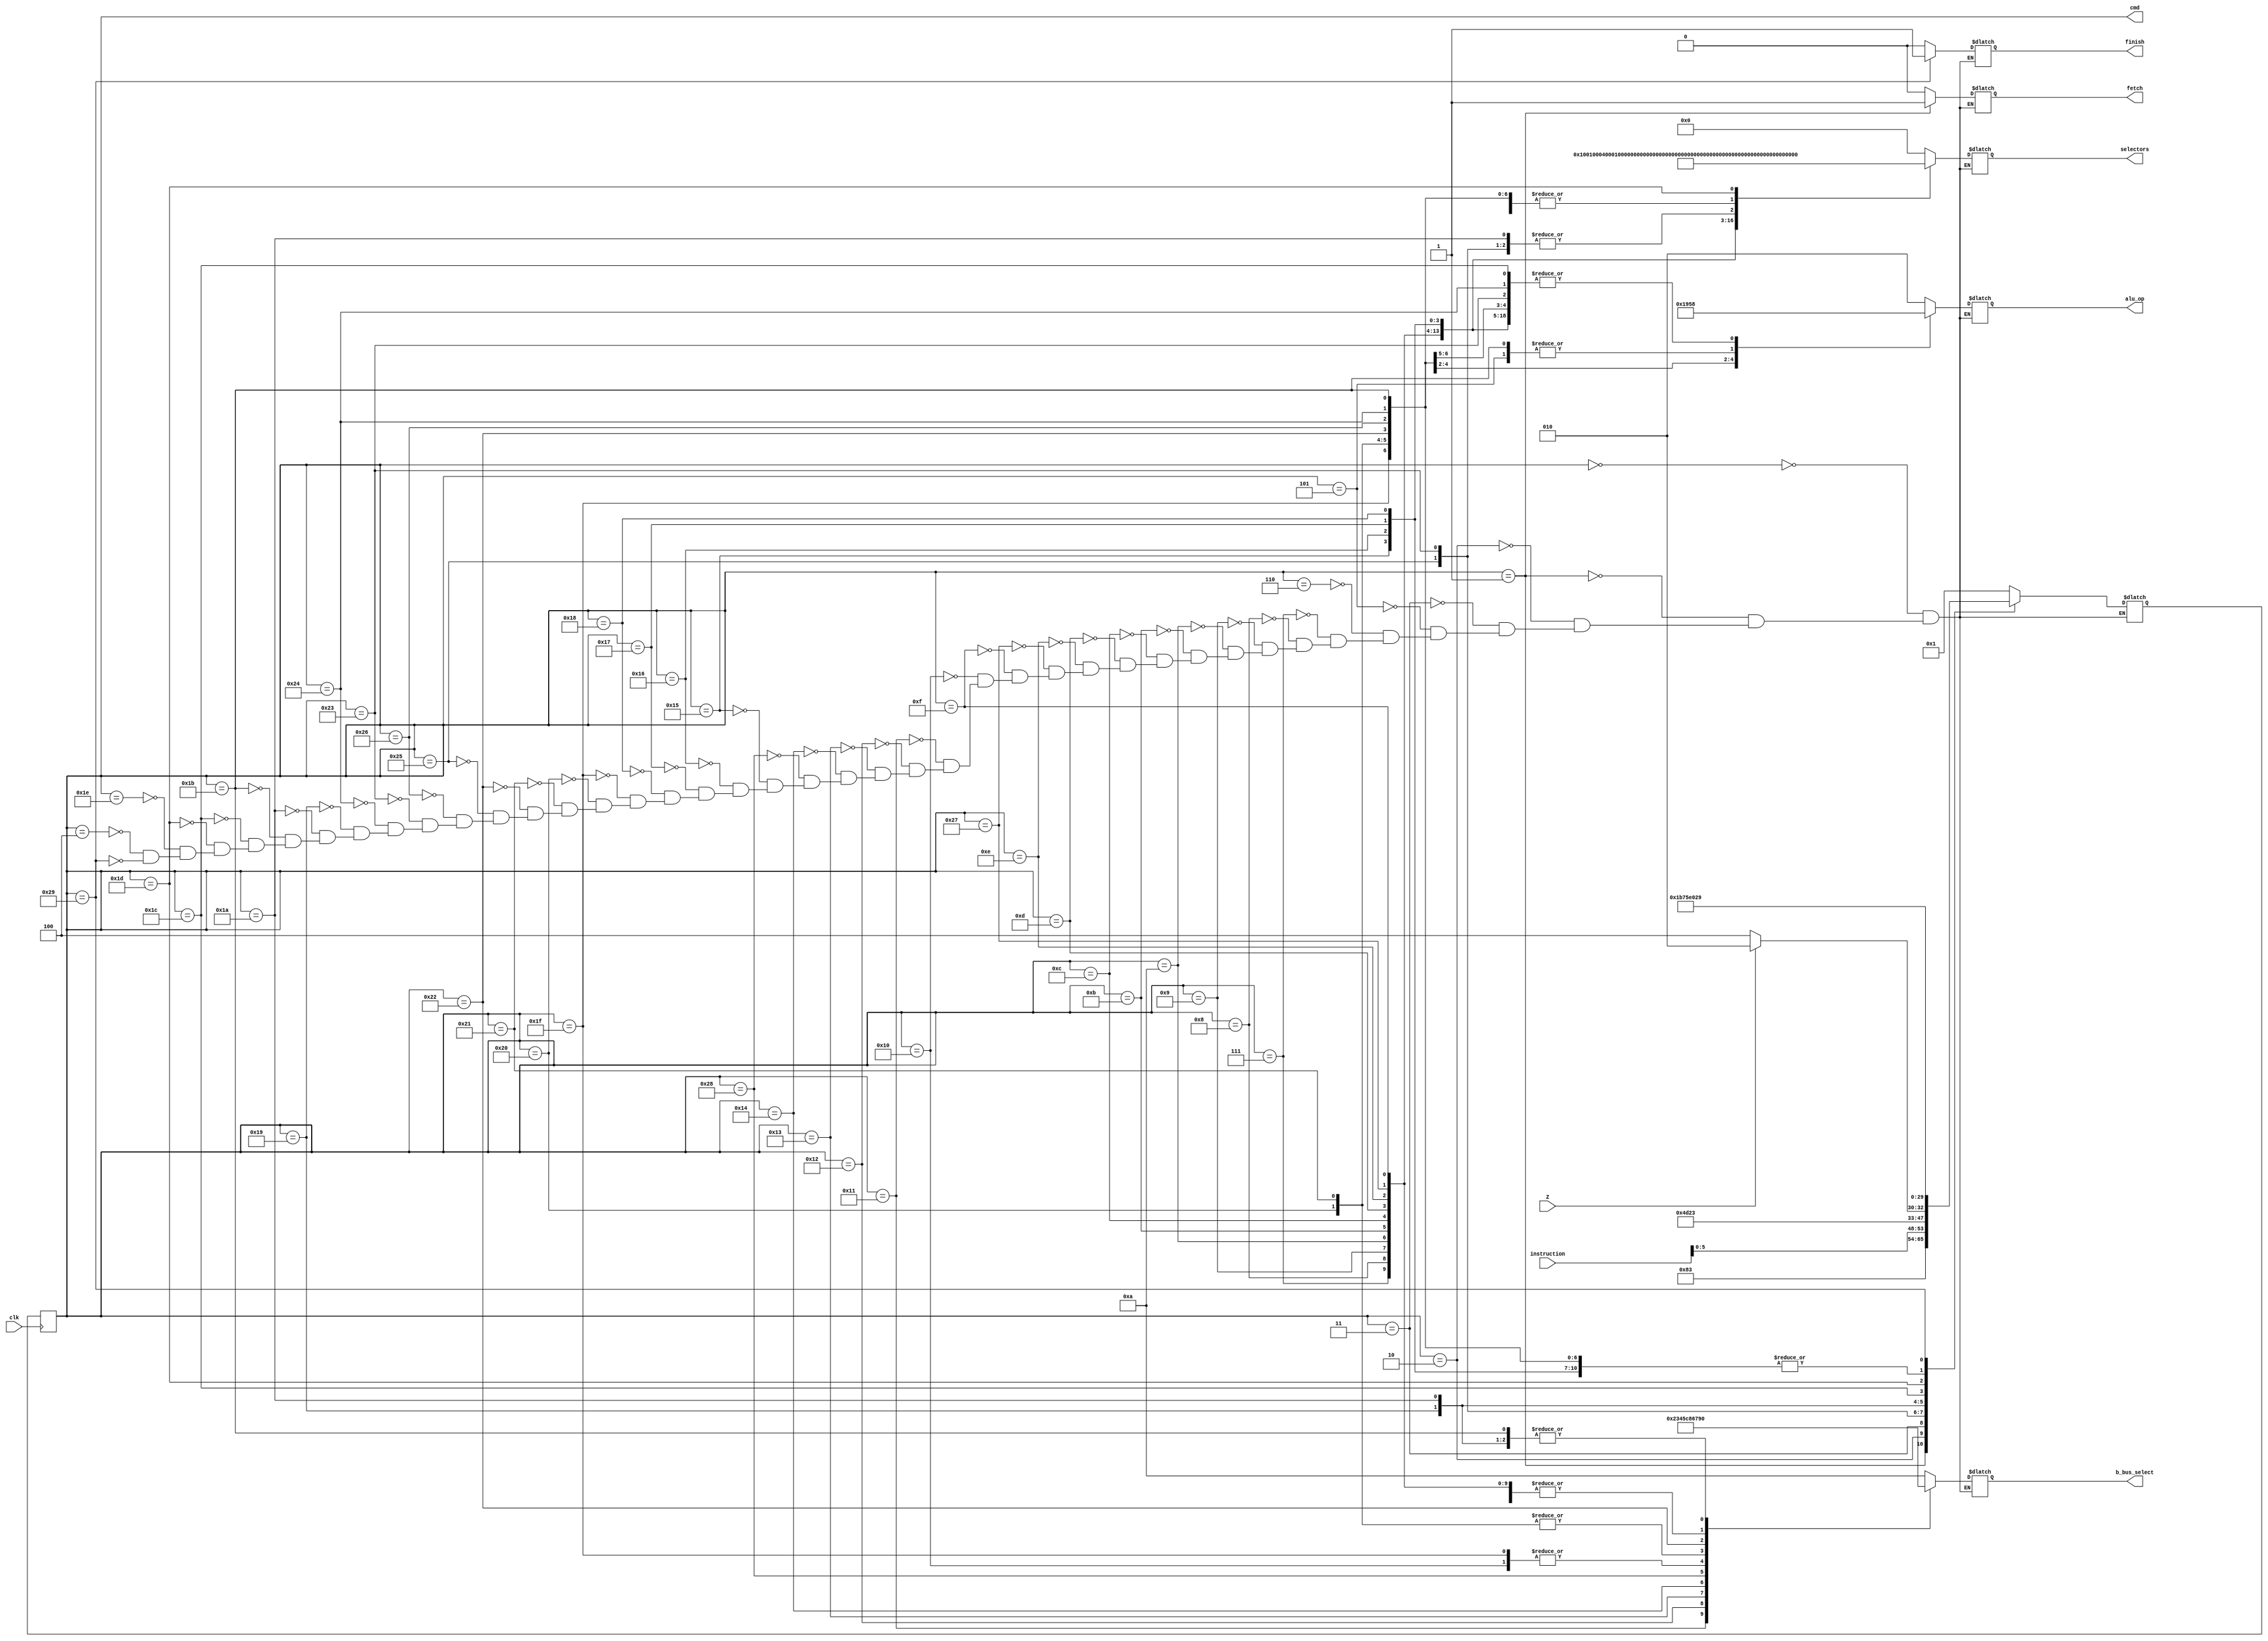
module control_unit(
	input clk, Z,
	input [7:0] instruction,
	output reg fetch, finish = 0,
	output [5:0] cmd,
	output reg [3:0] b_bus_select,
	output reg [2:0] alu_op,
	output reg [16:0] selectors
);

localparam
FETCH1 = 6'd0, FETCH2 = 6'd1, FETCH3 = 6'd2, FETCH4 = 6'd3,
CLAC = 6'd5, LDAC = 6'd6, STAC = 6'd7,
MVACR = 6'd8, MVACR1 = 6'd9, MVACR2 = 6'd10, MVACR3 = 6'd11,
MVACAS = 6'd12, MVACMR = 6'd13, MVACTR = 6'd14, MVACAR = 6'd15,
MVR = 6'd16, MVR1 = 6'd17, MVR2 = 6'd18, MVR3 = 6'd19, MVAS = 6'd20,
INCR1 = 6'd21, INCR2 = 6'd22, INCR3 = 6'd23, INCAS = 6'd24,
JPNZ = 6'd25,
JPNZY = 6'd26, JPNZY1 = 6'd27,
JPNZN = 6'd28, JPNZN1 = 6'd29, JPNZN2 = 6'd30,
ADDR = 6'd31, ADD = 6'd32, SUB = 6'd33, MUL = 6'd34,
ADDM = 6'd35, ADDM1 = 6'd36,MULM = 6'd37,MULM1 = 6'd38,
MVACTM = 6'd39, MVTM = 6'd40,
NOP = 6'd4, END = 6'd41;
localparam
DATA_FROM_RAM = 4'd0, PC = 4'd1, R1 = 4'd2, R2 = 4'd3, R3 = 4'd4,
AS = 4'd5, TR = 4'd6, MR = 4'd7, R = 4'd8, AC = 4'd9, 
INSTRUCTIONS = 4'd10, AR = 4'd11, TM = 4'd12;
localparam
ADDAB = 3'd0, SUBAB = 3'd1, PASS = 3'd2, ZER = 3'd3, MULAB = 3'd4, MULMA = 3'd5;

reg [5:0] CONTROL_COMMAND;
reg [5:0] NEXT_COMMAND = FETCH1;
always @ (negedge clk) CONTROL_COMMAND <= NEXT_COMMAND;


//CONTROL_COMMAND or Z or instruction
always @ (CONTROL_COMMAND or Z or instruction)
	case(CONTROL_COMMAND)
		FETCH1: // Checked
			begin
				fetch <= 0;
				finish <= 0;
				b_bus_select <=INSTRUCTIONS;
				alu_op <= PASS;
				selectors <= 17'b0_0000_0000_0000_0000;
				NEXT_COMMAND <= FETCH2;
			end
		FETCH2: // Checked
			begin
				fetch <= 1;
				finish <= 0;
				b_bus_select <= INSTRUCTIONS;
				alu_op <= PASS;
				selectors <= 17'b0_0000_0000_0000_0000;
				NEXT_COMMAND <= FETCH3;
			end
		FETCH3: // Checked
			begin
				fetch <= 0;
				finish <= 0;
				b_bus_select <= DATA_FROM_RAM;
				alu_op <= PASS;
				selectors <= 17'b0_1000_0000_0000_0000;
				NEXT_COMMAND <= FETCH4;
			end
		FETCH4: // Checked
			begin
				fetch <= 0;
				finish <= 0;
				b_bus_select <= DATA_FROM_RAM;
				alu_op <= PASS;
				selectors <= 17'b0_0000_0000_0000_0000;
				NEXT_COMMAND <= instruction[5:0];
			end
		CLAC: // Checked
			begin
				fetch <= 0;
				finish <= 0;
				b_bus_select <= DATA_FROM_RAM;
				alu_op <= ZER;
				selectors <= 17'b0_0000_0000_0000_0010;
				NEXT_COMMAND <= FETCH1;
			end
		LDAC: // Checked
			begin
				fetch <= 0;
				finish <= 0;
				b_bus_select <= DATA_FROM_RAM;
				alu_op <= PASS;
				selectors <= 17'b0_0000_0000_0000_0010;
				NEXT_COMMAND <= FETCH1;
			end
		STAC: // Checked
			begin
				fetch <= 0;
				finish <= 0;
				b_bus_select <= AC;
				alu_op <= ADDAB;
				selectors <= 17'b0_0000_0000_0000_0001;
				NEXT_COMMAND <= FETCH1;
			end
		MVACR: // Checked
			begin
				fetch <= 0;
				finish <= 0;
				b_bus_select <=AC;
				alu_op <= ADDAB;
				selectors <= 17'b0_0000_0000_0010_0000;
				NEXT_COMMAND <= FETCH1;
			end
		MVACR1: // Checked
			begin
				fetch <= 0;
				finish <= 0;
				b_bus_select <= AC;
				alu_op <= ADDAB;
				selectors <= 17'b0_0000_0001_0000_0000;
				NEXT_COMMAND <= FETCH1;
			end
		MVACR2: // Checked
			begin
				fetch <= 0;
				finish <= 0;
				b_bus_select <= AC;
				alu_op <= ADDAB;
				selectors <= 17'b0_0000_0000_1000_0000;
				NEXT_COMMAND <= FETCH1;
			end
		MVACR3: // Checked
			begin
				fetch <= 0;
				finish <= 0;
				b_bus_select <= AC;
				alu_op <= ADDAB;
				selectors <= 17'b0_0000_0000_0100_0000;
				NEXT_COMMAND <= FETCH1;
			end
		MVACAS: // Checked
			begin
				fetch <= 0;
				finish <= 0;
				b_bus_select <= AC;
				alu_op <= ADDAB;
				selectors <= 17'b0_0000_0000_0001_0000;
				NEXT_COMMAND <= FETCH1;
			end
		MVACMR: // Checked
			begin
				fetch <= 0;
				finish <= 0;
				b_bus_select <= AC;
				alu_op <= ADDAB;
				selectors <= 17'b0_0000_0000_0000_1000;
				NEXT_COMMAND <= FETCH1;
			end	
		MVACTR: // Checked
			begin
				fetch <= 0;
				finish <= 0;
				b_bus_select <= AC;
				alu_op <= ADDAB;
				selectors <= 17'b0_0000_0000_0000_0100;
				NEXT_COMMAND <= FETCH1;
			end
		MVACTM: // Checked
			begin
				fetch <= 0;
				finish <= 0;
				b_bus_select <= AC;
				alu_op <= ADDAB;
				selectors <= 17'b1_0000_0000_0000_0000;
				NEXT_COMMAND <= FETCH1;
			end
		MVACAR: // Checked
			begin
				fetch <= 0;
				finish <= 0;
				b_bus_select <= AC;
				alu_op <= ADDAB;
				selectors <= 17'b0_0000_0100_0000_0000;
				NEXT_COMMAND <= FETCH1;
			end
		MVR: // Checked
			begin
				fetch <= 0;
				finish <= 0;
				b_bus_select <= R;
				alu_op <= PASS;
				selectors <= 17'b0_0000_0000_0000_0010;
				NEXT_COMMAND <= FETCH1;
			end
		MVR1: // Checked
			begin
				fetch <= 0;
				finish <= 0;
				b_bus_select <= R1;
				alu_op <= PASS;
				selectors <= 17'b0_0000_0000_0000_0010;
				NEXT_COMMAND <= FETCH1;
			end
		MVR2: // Checked
			begin
				fetch <= 0;
				finish <= 0;
				b_bus_select <= R2;
				alu_op <= PASS;
				selectors <= 17'b0_0000_0000_0000_0010;
				NEXT_COMMAND <= FETCH1;
			end
		MVR3: // Checked
			begin
				fetch <= 0;
				finish <= 0;
				b_bus_select <= R3;
				alu_op <= PASS;
				selectors <= 17'b0_0000_0000_0000_0010;
				NEXT_COMMAND <= FETCH1;
			end
		MVAS: // Checked
			begin
				fetch <= 0;
				finish <= 0;
				b_bus_select <= AS;
				alu_op <= PASS;
				selectors <= 17'b0_0000_0000_0000_0010;
				NEXT_COMMAND <= FETCH1;
			end
		MVTM: // Checked
			begin
				fetch <= 0;
				finish <= 0;
				b_bus_select <= TM;
				alu_op <= PASS;
				selectors <= 17'b0_0000_0000_0000_0010;
				NEXT_COMMAND <= FETCH1;
			end
		INCR1: // Checked
			begin
				fetch <= 0;
				finish <= 0;
				b_bus_select <= DATA_FROM_RAM;
				alu_op <= ADDAB;
				selectors <= 17'b0_0100_0000_0000_0000;
				NEXT_COMMAND <= FETCH1;
			end
		INCR2: // Checked
			begin
				fetch <= 0;
				finish <= 0;
				b_bus_select <= DATA_FROM_RAM;
				alu_op <= ADDAB;
				selectors <= 17'b0_0010_0000_0000_0000;
				NEXT_COMMAND <= FETCH1;
			end
		INCR3: // Checked
			begin
				fetch <= 0;
				finish <= 0;
				b_bus_select <= DATA_FROM_RAM;
				alu_op <= ADDAB;
				selectors <= 17'b0_0001_0000_0000_0000;
				NEXT_COMMAND <= FETCH1;
			end
		INCAS: // Checked
			begin
				fetch <= 0;
				finish <= 0;
				b_bus_select <= DATA_FROM_RAM;
				alu_op <= ADDAB;
				selectors <= 17'b0_0000_1000_0000_0000;
				NEXT_COMMAND <= FETCH1;
			end
		ADDR: // Checked
			begin
				fetch <= 0;
				finish <= 0;
				b_bus_select <= R;
				alu_op <= ADDAB;
				selectors <= 17'b0_0000_0000_0000_0010;
				NEXT_COMMAND <= FETCH1;
			end
		ADD: // Checked
			begin
				fetch <= 0;
				finish <= 0;
				b_bus_select <= TR;
				alu_op <= ADDAB;
				selectors <= 17'b0_0000_0000_0000_0010;
				NEXT_COMMAND <= FETCH1;
			end
		SUB: // Checked
			begin
				fetch <= 0;
				finish <= 0;
				b_bus_select <= TR;
				alu_op <= SUBAB;
				selectors <= 17'b0_0000_0000_0000_0010;
				NEXT_COMMAND <= FETCH1;
			end
		MUL: // Checked
			begin
				fetch <= 0;
				finish <= 0;
				b_bus_select <= MR;
				alu_op <= MULAB;
				selectors <= 17'b0_0000_0000_0000_0010;
				NEXT_COMMAND <= FETCH1;
			end
		MULM: // Checked
			begin
				fetch <= 0;
				finish <= 0;
				b_bus_select <= INSTRUCTIONS;
				alu_op <= PASS;
				selectors <= 17'b0_1000_0000_0000_0000;
				NEXT_COMMAND <= MULM1;
			end
		MULM1: // Checked
			begin
				fetch <= 0;
				finish <= 0;
				b_bus_select <= INSTRUCTIONS;
				alu_op <= MULMA;
				selectors <= 17'b0_0000_0000_0000_0010;
				NEXT_COMMAND <= FETCH1;
			end
		ADDM: // Checked
			begin
				fetch <= 0;
				finish <= 0;
				b_bus_select <= INSTRUCTIONS;
				alu_op <= ADDAB;
				selectors <= 17'b0_1000_0000_0000_0000;
				NEXT_COMMAND <= ADDM1;
			end
		ADDM1: // Checked
			begin
				fetch <= 0;
				finish <= 0;
				b_bus_select <= INSTRUCTIONS;
				alu_op <= ADDAB;
				selectors <= 17'b0_0000_0000_0000_0010;
				NEXT_COMMAND <= FETCH1;
			end
		JPNZ: // Checked
			begin
				fetch <= 0;
				finish <= 0;
				b_bus_select <= DATA_FROM_RAM;
				alu_op <= PASS;
				selectors <= 17'b0_0000_0000_0000_0000;
				NEXT_COMMAND <= (Z) ? JPNZY : JPNZN;
			end
		JPNZY: // Checked
			begin
				fetch <= 0;
				finish <= 0;
				b_bus_select <= DATA_FROM_RAM;
				alu_op <= PASS;
				selectors <= 17'b0_1000_0000_0000_0000;
				NEXT_COMMAND <= JPNZY1;
			end
		JPNZY1: // Checked
			begin
				fetch <= 0;
				finish <= 0;
				b_bus_select <= DATA_FROM_RAM;
				alu_op <= ZER;
				selectors <= 17'b0_0000_0000_0000_0010;
				NEXT_COMMAND <= FETCH1;
			end
		JPNZN: // Checked
			begin
				fetch <= 0;
				finish <= 0;
				b_bus_select <= INSTRUCTIONS;
				alu_op<= ADDAB;
				selectors <= 17'b0_0000_0000_0000_0000;
				NEXT_COMMAND <= JPNZN1;
			end
		JPNZN1: // Checked
			begin
				fetch<= 0;
				finish <= 0;
				b_bus_select <= INSTRUCTIONS;
				alu_op <= PASS;
				selectors <= 17'b0_0000_0010_0000_0000;
				NEXT_COMMAND <= JPNZN2;
			end
		JPNZN2: // Checked
			begin
				fetch <= 0;
				finish <= 0;
				b_bus_select <= AC;
				alu_op <= ADDAB;
				//SELECTORS <= 13'b0_0000_0100_0000;
				selectors <= 17'b0_0000_0000_0000_0000;
				NEXT_COMMAND <= FETCH1;
			end
		NOP: // Checked
			begin
				fetch <= 0;
				finish <= 0;
				b_bus_select <= DATA_FROM_RAM;
				alu_op <= ADDAB;
				selectors <= 17'b0_0000_0000_0000_0000;
				NEXT_COMMAND <= FETCH1;
			end
		END: // Checked
			begin
				fetch <= 0;
				finish <= 1;
				b_bus_select <= DATA_FROM_RAM;
				alu_op <= ADDAB;
				selectors <= 17'b0_0000_0000_0000_0000;
				NEXT_COMMAND <= END;
			end
	endcase
	assign cmd = CONTROL_COMMAND;

endmodule